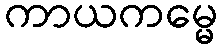
ကာယကမ္မေ